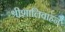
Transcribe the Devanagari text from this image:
श्रीशालिवाहन